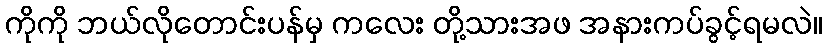
ကိုကို ဘယ်လိုတောင်းပန်မှ ကလေး တို့သားအဖ အနားကပ်ခွင့်ရမလဲ။